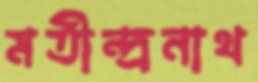
মতীন্দ্রনাথ